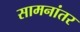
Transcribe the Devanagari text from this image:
सामनांतर